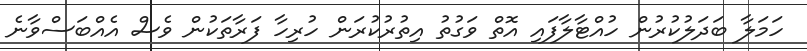
ހަމަލާ ބަދަލުކުރުން ހުއްޓާލާފައި އޮތް ވަގުތު އިތުރުކުރަން ހުރިހާ ފަރާތަކުން ވެސް އެއްބަސްވާނެ